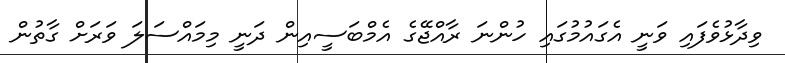
ވިދާޅުވެފައި ވަނީ އެގައުމުގައި ހުންނަ ރާއްޖޭގެ އެމްބަސީއިން ދަނީ މިމައްސަލަ ވަރަށް ގާތުން